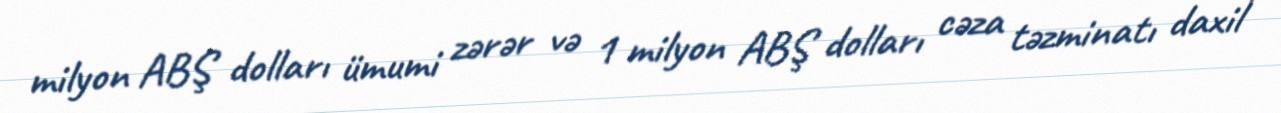
milyon ABŞ dolları ümumi zərər və 1 milyon ABŞ dolları cəza təzminatı daxil